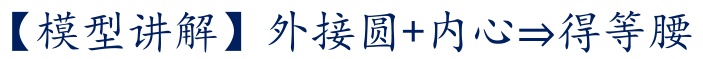
【模型讲解】外接圆+内心\(\Rightarrow\)得等腰